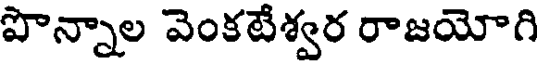
పొన్నాల వెంకటేశ్వర రాజయోగి